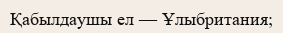
Қабылдаушы ел — Ұлыбритания;